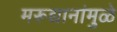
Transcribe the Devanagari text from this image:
मरूद्यानांमुळे